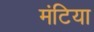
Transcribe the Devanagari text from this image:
मंटिया